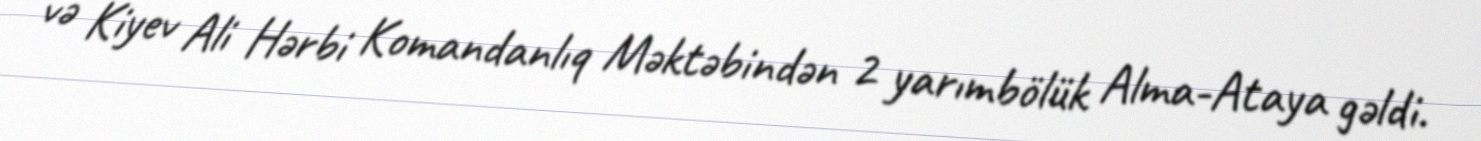
və Kiyev Ali Hərbi Komandanlıq Məktəbindən 2 yarımbölük Alma-Ataya gəldi.